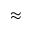
\approx